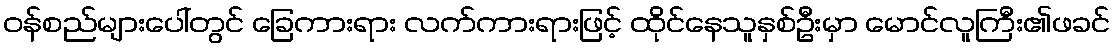
ဝန်စည်များပေါ်တွင် ခြေကားရား လက်ကားရားဖြင့် ထိုင်နေသူနှစ်ဦးမှာ မောင်လူကြီး၏ဖခင်